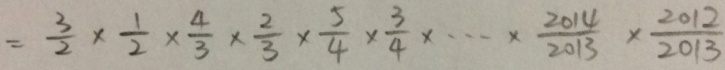
= \frac { 3 } { 2 } \times \frac { 1 } { 2 } \times \frac { 4 } { 3 } \times \frac { 2 } { 3 } \times \frac { 5 } { 4 } \times \frac { 3 } { 4 } \times \cdots \times \frac { 2 0 1 4 } { 2 0 1 3 } \times \frac { 2 0 1 2 } { 2 0 1 3 }